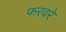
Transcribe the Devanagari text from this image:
फरवरे